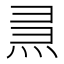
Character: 𤈗